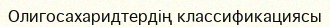
Олигосахаридтердің классификациясы